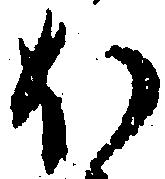
ほ